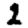
Digit: 2